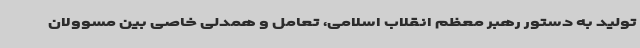
تولید به دستور رهبر معظم انقلاب اسلامی، تعامل و همدلی خاصی بین مسوولان